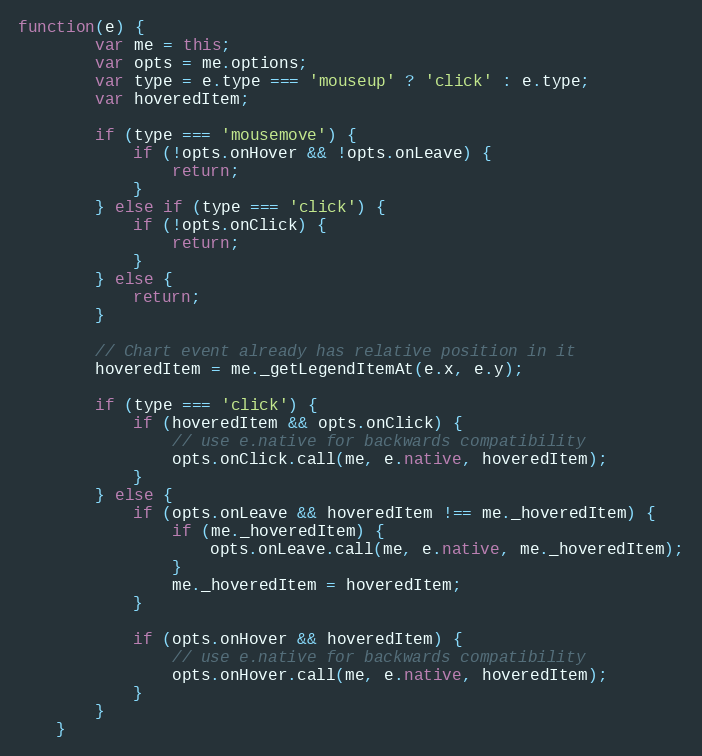
Language: JavaScript
function(e) {
		var me = this;
		var opts = me.options;
		var type = e.type === 'mouseup' ? 'click' : e.type;
		var hoveredItem;

		if (type === 'mousemove') {
			if (!opts.onHover && !opts.onLeave) {
				return;
			}
		} else if (type === 'click') {
			if (!opts.onClick) {
				return;
			}
		} else {
			return;
		}

		// Chart event already has relative position in it
		hoveredItem = me._getLegendItemAt(e.x, e.y);

		if (type === 'click') {
			if (hoveredItem && opts.onClick) {
				// use e.native for backwards compatibility
				opts.onClick.call(me, e.native, hoveredItem);
			}
		} else {
			if (opts.onLeave && hoveredItem !== me._hoveredItem) {
				if (me._hoveredItem) {
					opts.onLeave.call(me, e.native, me._hoveredItem);
				}
				me._hoveredItem = hoveredItem;
			}

			if (opts.onHover && hoveredItem) {
				// use e.native for backwards compatibility
				opts.onHover.call(me, e.native, hoveredItem);
			}
		}
	}